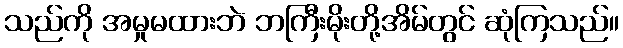
သည်ကို အမှုမထားဘဲ ဘကြီးမိုးတို့အိမ်တွင် ဆုံကြသည်။